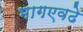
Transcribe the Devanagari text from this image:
भागएवढे